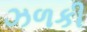
ઝળકી